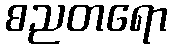
စညတရော